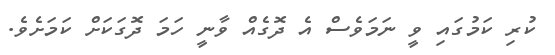
ކުރި ކަމުގައި ވީ ނަމަވެސް އެ ދޮގެއް ވާނީ ހަމަ ދޮގަކަށް ކަމަށެވެ.